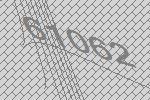
61062